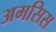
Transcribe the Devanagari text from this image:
अमसिस